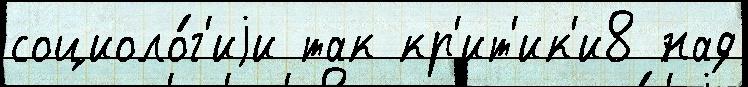
социоло́г'иjи так кр'ит'ик'и8 над